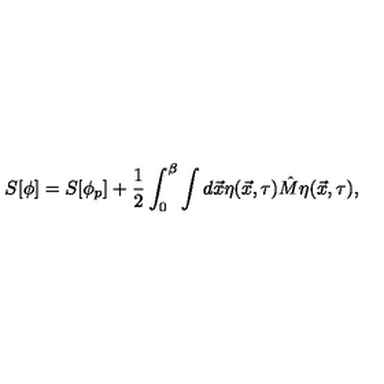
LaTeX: S [ \phi ] = S [ \phi _ { p } ] + \frac { 1 } { 2 } \int _ { 0 } ^ { \beta } \int d \vec { x } \eta ( \vec { x } , \tau ) \hat { M } \eta ( \vec { x } , \tau ) ,